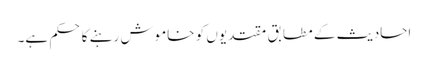
احادیث کے مطابق مقتدیوں کو خاموش رہنے کا حکم ہے۔